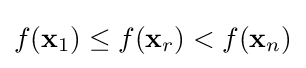
f(\mathbf {x} _{1})\leq f(\mathbf {x} _{r})<f(\mathbf {x} _{n})